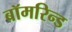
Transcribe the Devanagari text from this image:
बॉमरिन्ड